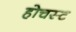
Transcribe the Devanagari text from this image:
होचस्ट